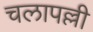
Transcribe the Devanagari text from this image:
चलापल्ली